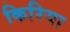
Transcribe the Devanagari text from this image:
किरिया